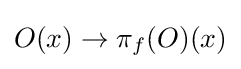
O(x)\to \pi _{f}(O)(x)